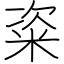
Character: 粢